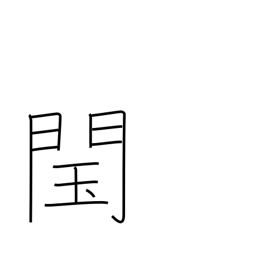
Meaning: illegitimate throne